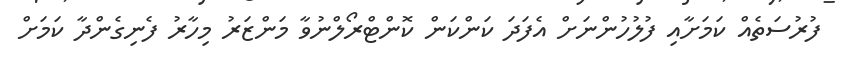
ފުރުސަތެއް ކަމަށާއި ފުލުހުންނަށް އެފަދަ ކަންކަން ކޮންޓްރޯލްނުވާ މަންޒަރު މިހާރު ފެނިގެންދާ ކަމަށް